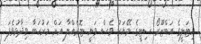
އިޓަލީގެ އަބްޒޫރޯ ސިޓީގެ މޭޔަރު ވެސް ވަނީ ޓޮރެއްލާ އަށް މަރުހަބާ ވިދާޅުވެފަ